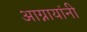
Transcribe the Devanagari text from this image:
आग्नायांनी